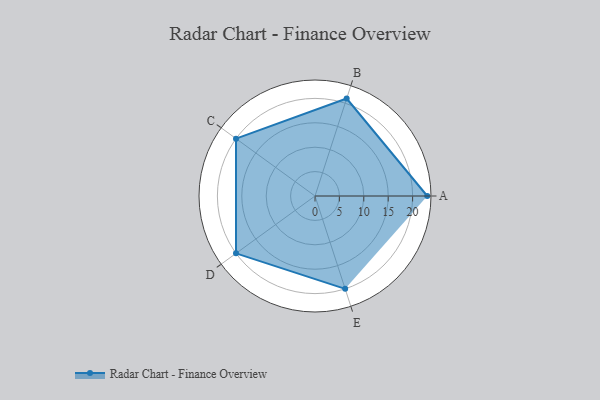
{"axis": {"x": "Skill", "y": "Score"}, "legend": ["Profile"], "data": [{"x": "A", "y": 23.0, "type": "Profile"}, {"x": "B", "y": 21.0, "type": "Profile"}, {"x": "C", "y": 20, "type": "Profile"}, {"x": "D", "y": 20, "type": "Profile"}, {"x": "E", "y": 20, "type": "Profile"}]}